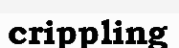
crippling